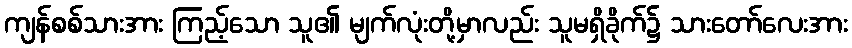
ကျန်စစ်သားအား ကြည့်သော သူ၏ မျက်လုံးတို့မှာလည်း သူမရှိခိုက်၌ သားတော်လေးအား